Annual report on the lock hospitals of the Madras Presidency
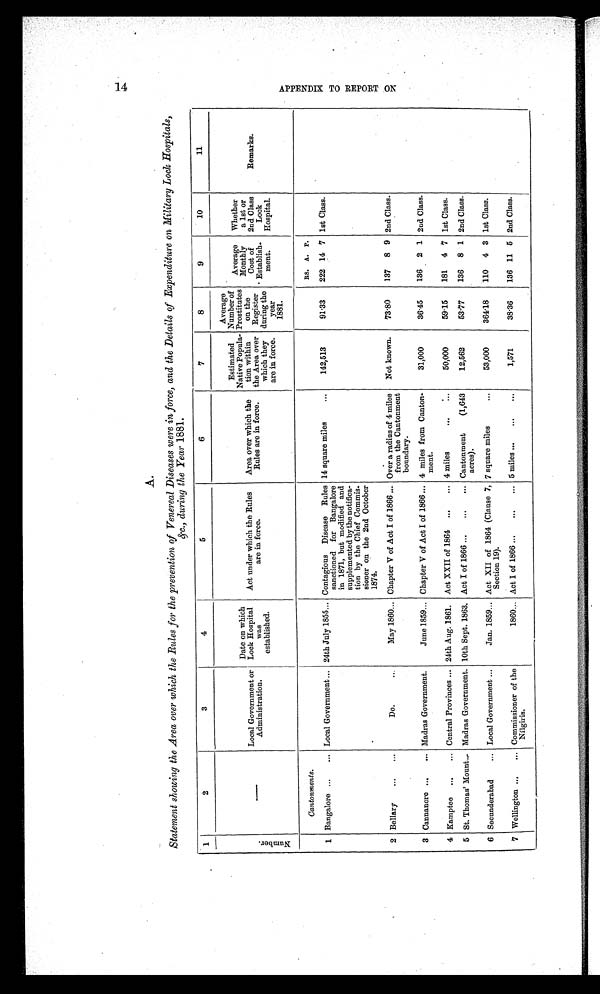
A.
Statement showing the Area over which the Rules for the prevention of Venereal Diseases were in force, and the Details of Expenditure on Military Lock Hospitals,
during the Year &c., 1881.
1
2
3
4
5
6
7
8
9
10
11
Number
—
Local Government or
Administration.
Date on which
Lock Hospital
was
established.
Act under which the Rules
are in force.
Area over which the
Rules are in force.
Estimated
Native Popula-
tion within
the Area over
which they
are in force.
Average
Number of
Prostitutes
on the
Register
during the
year
1881.
Average
Monthly
Cost a
Establish.
ment.
Whether
a 1st or
2nd Class
Lock
Hospital.
Remarks.
Cantonments.
RS. A. P.
1 Bangalore ...
... Local Government ... 24th July 1855... Contagious Disease Rules
sanctioned for Bangalore
in 1871, but modified and
supplemented by the notifica-
tion by the Chief Commis-
sioner on the 2nd October
1874.
14 square miles
...
142,513
91.33
222 14 7 1st Class.
2 Bellary
...
...
Do.
May 1860... Chapter V of Act I of 1866 ... Over a radius of 4 miles
from the Cantonment
boundary.
Not known.
73.80
137 8 9 2nd Class.
3 Cannanore ...
... Madras Government.
June 1859... Chapter V of Act I of 1866... 4 miles from Canton-
ment.
31,000
36.45
136 2 1 2nd Class.
4 Kamptee ...
... Central Provinces ... 24th Aug. 1861. Act XXII of 1864 ...
... 4 miles
50,000
59.15
181 4 7 1st Class.
5 St. Thomas' Mount... Madras Government. 10th Sept. 1863. Act I of 1866 ...
...
... Cantonment
(1,643
acres).
12,562
53.77
136 8 1 2nd Class.
6 Secunderabad
... Local Government ...
Jan. 1859 ... Act XII of 1864 (Clause 7,
Section 19).
7 square miles
...
53,000
364.18
110 4 3 1st Class.
7 Wellington ...
... Commissioner of the
Níilgiris.
1860... Act I of 1866 ...
...
... 5 miles ...
...
...
1,571
38.36
136 11 5 2nd Class.
A P P E N D I X T O R E P O R T O N